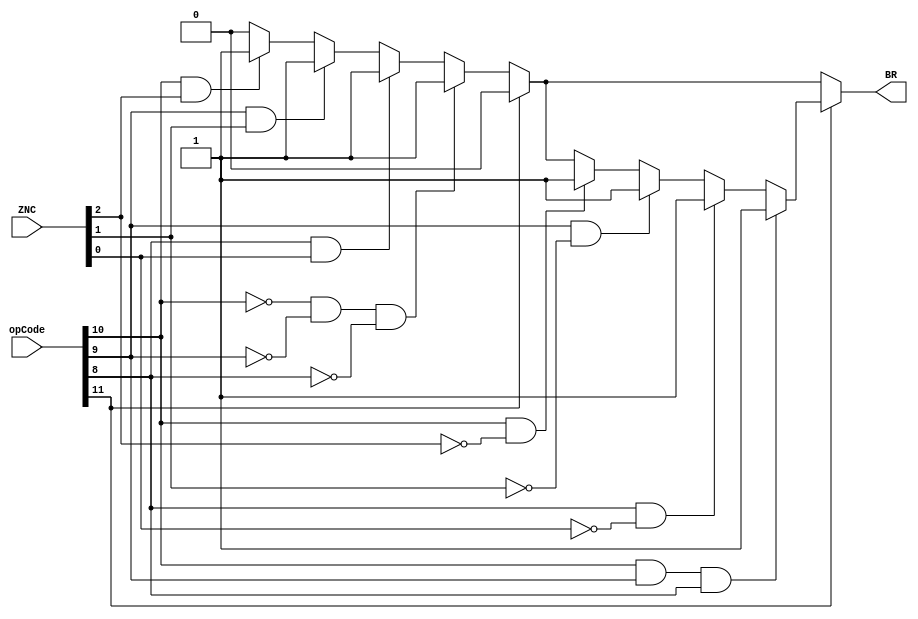
// Andrew Doucet
// Spencer Dugas

// Branch instruction
module BR (opCode, ZNC, BR);

  // I/O
  input [15:0] opCode;
  input [2:0] ZNC;
  output reg BR;

  // Updates branch based off of ZNC
  always@(opCode,ZNC)
  begin
    BR = 0;

    if (~opCode[11])
    begin

      // Branch if zero
      if (opCode[10] && ZNC[2])
        BR = 1;

      // Branch if negative
      if (opCode[9] && ZNC[1])
        BR = 1;
      
      // Branch if carry
      if (opCode[8] && ZNC[0])
        BR = 1;

      // Branch always
      if (~opCode[10] && ~opCode[9] && ~opCode[8])
        BR = 1;
    end

    if (opCode[11])
    begin

      // Branch if not zero
      if (opCode[10] && ~ZNC[2])
        BR = 1;

      // Branch if not negative
      if (opCode[9] && ~ZNC[1])
        BR = 1;

      // Branch if not carry
      if (opCode[8] && ~ZNC[0])
        BR = 1;

      // Branch always
      if (opCode[10] && opCode[9] && opCode[8])
        BR = 1;
    end
    
  end

endmodule